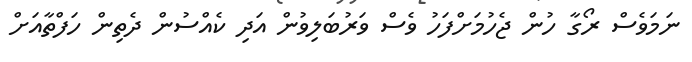
ނަމަވެސް ރޯގާ ހުން ޖެހުމަށްފަހު ވެސް ވަރުބަލިވުން އަދި ކެއްސުން ދެތިން ހަފްތާއަށް